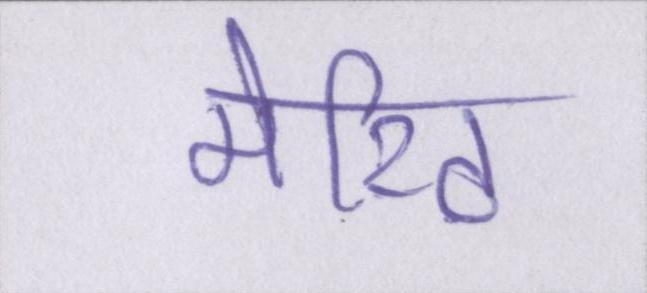
मेरिट